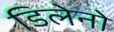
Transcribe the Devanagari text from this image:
डिलेनो